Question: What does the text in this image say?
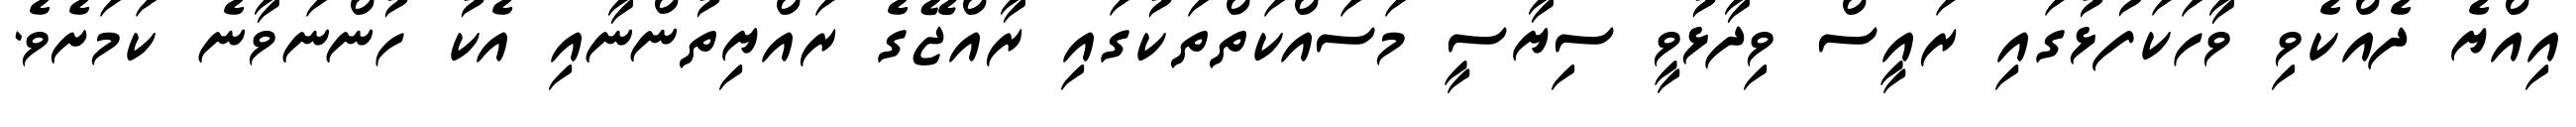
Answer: އިއްޔެ ދެއްކެވި ވާހަކަފުޅުގައި ރައީސް ވިދާޅުވީ ސިޔާސީ މަސައްކަތްތަކުގައި ރާއްޖޭގެ ރައްޔިތުންނާއި އެކު ހުންނަވާނެ ކަމަށެވެ.